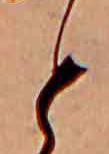
と